Tezpur Lunatic Asylum reports 1895-1904 - 1895-1904
Year: 1895
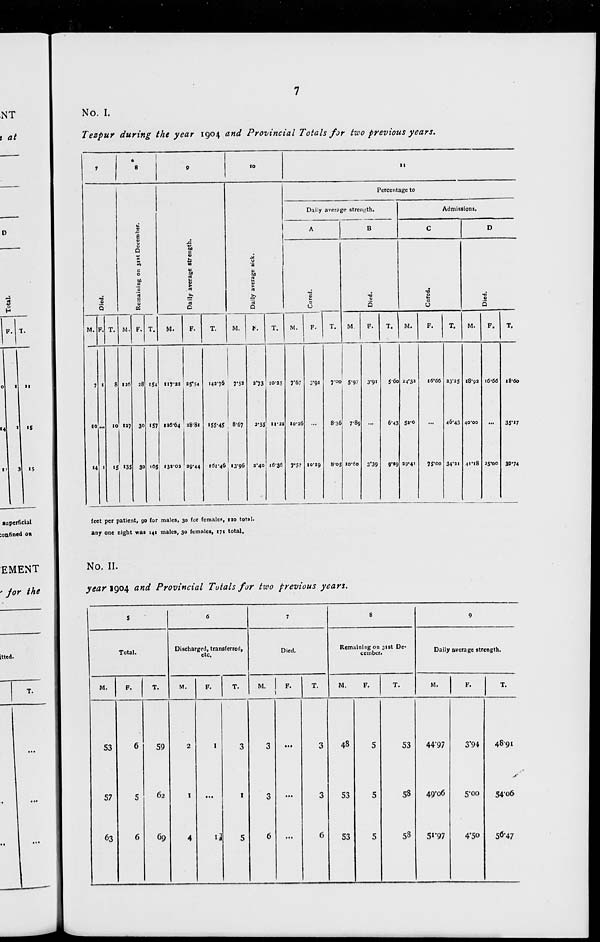
NT
t at
No. I.
Tezpur during the year 1904 and Provincial Totals for two previous years.
F.
ol
i| "
'4
i»l 31
iS
15
•
7
8
0
10
11
JC
Percentage to
Daily average strength.
Admissions.
A
1 B
C
D
a
1
.c
Q
c
£
g
M
u
«o
a
c
0
1)
Eg
2
c
>
2
s
rt
•0
rt
E
j*.
.**.
1
•0
•0
T3
rt
5
3
Q
OS
O
Q
u
Q
0
Q
M. V. T. M. F. T.
M.
F.
T.
M.
V.
T.
M.
F.
T.
M.
F.
T.
M.
F.
T.
M.
F.
T.
7 1
8 12(5 28 154 IIJ'M *5'54
143-76
7*S»
a'73 IO-2S 7"67 3*9«
7-00 5-97
3*9»
5-6o 24*32
16*66 23"25 18-92 16-66 18-60
10 ... 10 12) 30 «57 I26'64 28-81 •55-4S 8-67
2-S5 11-22 10-26 ...
8-36 7-89 ...
6-43 52-0
...
46-43 40-00
...
35*«7
■4 1
• 5 «35 30 •65 I.i2'03 20-44 161-46 13-96 r 40 16-36 7'57 10-19
a-os IO-CO 3'39 9'«9 29-41 75-00 34'a 1 4i'i8 25*00 39*74
superficial
:onfined on
feet per patient, go for males, 30 for females, 120 total,
any one night was 141 males, 30 females, 171 total.
EMENT
' jor the
Ltted.
No. II.
year 1904 and Provincial Totals for two previous years.
5
6
7
8
9
Total.
Discharged, transferred,
etc.
Died.
Remaining on 31st De-
cember.
Daily average strength.
M.
F.
T.
M.
F*
T.
M. 1 F.
T.
M.
F.
T.
M.
F.
T.
53
57
63
6
5
6
59
62
69
2
I
4
I
3
I
5
3
3
6
...
3
3
6
48
53
53
5
5
5
53
58
58
44-97
49*06
5« # 97
3*94
5-00
4'5o
4891
>
54-06
50*47